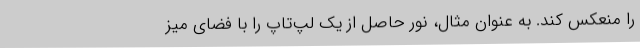
را منعکس کند. به عنوان مثال، نور حاصل از یک لپ‌تاپ را با فضای میز